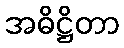
အဓိဋ္ဌိတာ